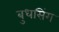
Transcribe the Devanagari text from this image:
बुधसिंग